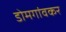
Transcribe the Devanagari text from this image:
डोमगांवकर